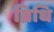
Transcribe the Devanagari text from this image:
ब्रिधि